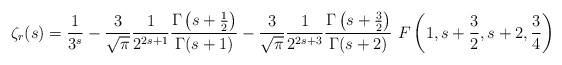
\begin{align*}\zeta_r(s) = {{1} \over {3^{s}}} - {{3} \over {\sqrt{\pi}}} {{1} \over {2^{2s+1}}} {{\Gamma \left(s + {{1} \over {2}}\right)} \over {\Gamma(s + 1)}}- {{3} \over {\sqrt{\pi}}} {{1} \over {2^{2s+3}}} {{\Gamma \left(s + {{3} \over {2}}\right)} \over {\Gamma(s + 2)}} \ F\left(1, s + {{3} \over {2}}, s + 2, {{3} \over {4}}\right)\end{align*}